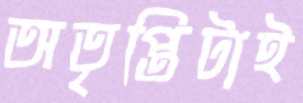
অতৃপ্তিটাই